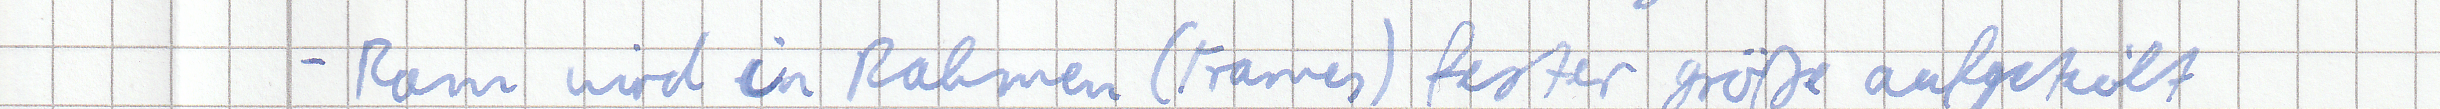
Ram wird in Rahmen (Frames) fester größe aufgeteilt